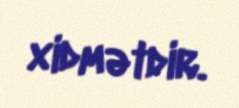
xidmətdir.